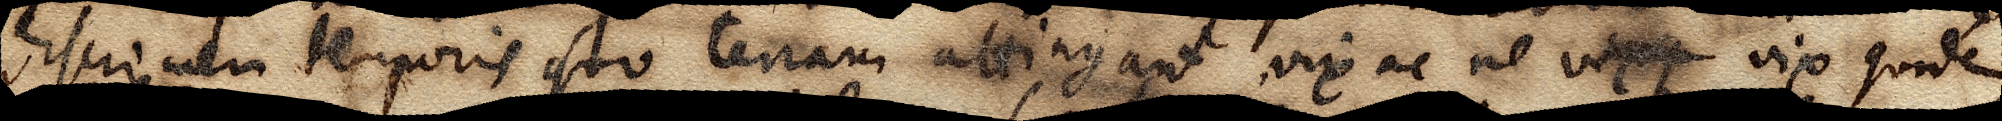
discrimen temporis quo terram attingant, vix ac ne vixque vix quidem